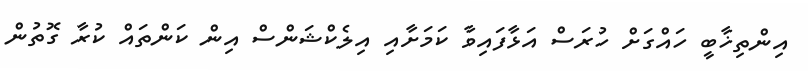
އިންތިޚާބީ ހައްގަށް ހުރަސް އަޅާފައިވާ ކަމަށާއި އިލެކްޝަންސް އިން ކަންތައް ކުރާ ގޮތުން